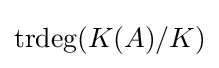
{\text{trdeg}}(K(A)/K)